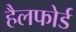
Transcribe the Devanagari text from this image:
हैलफोर्ड